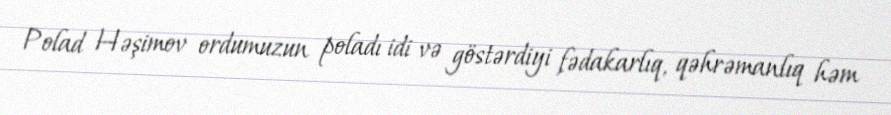
Polad Həşimov ordumuzun poladı idi və göstərdiyi fədakarlıq, qəhrəmanlıq həm